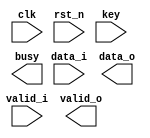
`timescale 1ns / 1ps

module zigzag_decryption #(
				parameter D_WIDTH = 8,
				parameter KEY_WIDTH = 8,
				parameter MAX_NOF_CHARS = 50,
				parameter START_DECRYPTION_TOKEN = 8'hFA
			)(
			// Clock and reset interface
			input clk,
			input rst_n,
			
			// Input interface
			input[D_WIDTH - 1:0] data_i,
			input valid_i,
			
			// Decryption Key
			input[KEY_WIDTH - 1 : 0] key,
			
			// Output interface
			output reg busy,
			output reg[D_WIDTH - 1:0] data_o,
			output reg valid_o
    );

// TODO: Implement ZigZag Decryption here
   /* reg[7:0] data_reg [0 : MAX_NOF_CHARS - 1];
    reg[7:0] i, j, k, count_l, l, count_j, size, aux1, aux2;
    always @(posedge clk) begin
        // se pun busy si valid_o pe 0
        if(!rst_n) begin
            busy <= 0;
            valid_o <= 0;
        end
        // daca busy e pus pe 1 valid_o va fi pus si el
        // busy si valid_o nu trebuie sa fie puse pe 1 in acelasi timp
        if(busy == 1)
            valid_o <= 1;
        // cazul in care se citesc caracterele
        // si se pun secvential in vector
        if(valid_i == 1 && data_i != START_DECRYPTION_TOKEN) begin
            data_reg[i] <= data_i;
            data_o <= 0;
            i <= i + 1;
            l <= -1;
            size <= i;
            j <= 0;
            k <= -1;
            count_j <= (size + 1) / 2;
            count_l <= -1;
        end 
        // se pune busy pe 1
        else if(data_i == START_DECRYPTION_TOKEN) begin
            busy <= 1;
        end
        // se afiseaza caracterele secvential
        // caracterul j din output va fi
        // caracterul j*key_N - (key_N*key_M - 1)*k din vector
        // iar k-ul se va incrementa de fiecare data
        // cand s-au afisat cate key_M caractere
        else begin
            if(k == size - 1) begin
                busy <= 0;
                valid_o <= 0;
                k <= 0;
            end
            else begin
                // =
                k <= k + 1;
            end
            aux1 <= l;
            aux2 <= j;
            if(k == l) begin
                data_o <= data_reg[count_l];
                l <= l + 1;
            end
            else
            if(k == j) begin
                data_o <= data_reg[count_j];
                j <= j + 1;
            end
            else
                data_o <= 0;
            if(l != aux1)
                count_l <= count_l + 1;
            if(j != aux2)
                count_j <= count_j + 1;
            i <= 0;
        end
    end
    */
endmodule